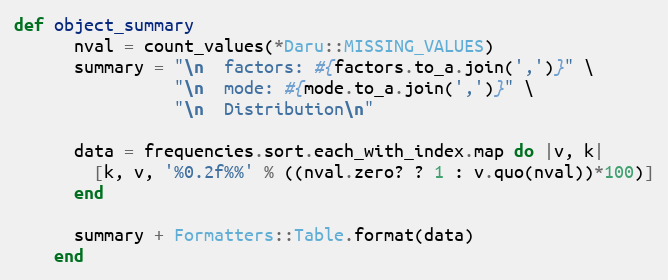
Language: Ruby
def object_summary
      nval = count_values(*Daru::MISSING_VALUES)
      summary = "\n  factors: #{factors.to_a.join(',')}" \
                "\n  mode: #{mode.to_a.join(',')}" \
                "\n  Distribution\n"

      data = frequencies.sort.each_with_index.map do |v, k|
        [k, v, '%0.2f%%' % ((nval.zero? ? 1 : v.quo(nval))*100)]
      end

      summary + Formatters::Table.format(data)
    end